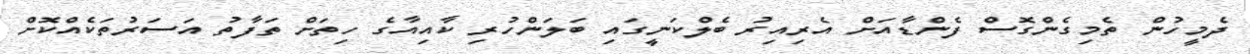
ދެމީހުން ތެމިގެންގޮސް ފެންޑާއަށް އެރިއިރު ބެލްކަނީގައި ބަލަންހުރި ކާއިއާގެ ހިތަށް ތަފާތު އަސަރުތަކެއްކޮށް